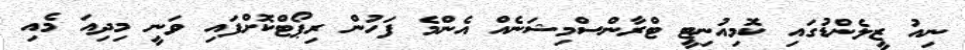
ނިއު ޒީލެންޑުގައި ކޮމިއުނިޓީ ޓްރާންސްމިޝަނެއް އެންމެ ފަހުން ރިޕޯޓްކޮށްފައި ވަނީ މިދިއަ މެއި